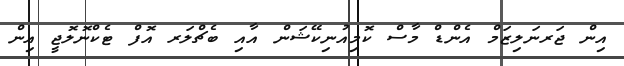
އިން ޖަރނަލިޒަމް އެންޑް މާސް ކޮމިއުނިކޭޝަން އާއި ބެޗްލަރ އޮފް ޓެކްނޮލޮޖީ އިން